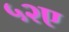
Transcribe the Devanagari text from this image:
५२ए